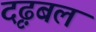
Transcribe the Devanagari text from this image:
दृढ़बल